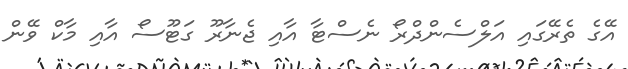
އޭގެ ތެރޭގައި އަލްސެންދްރޯ ނެސްޓާ އާއި ޖެނާރޫ ގަޓޫސޯ އާއި މާކް ވޭން